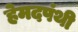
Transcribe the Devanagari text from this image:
हेमदपंथी